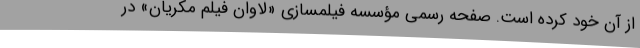
از آن خود کرده است. صفحه رسمی مؤسسه فیلمسازی «لاوان فیلم مکریان» در